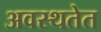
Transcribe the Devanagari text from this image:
अवस्थतेत